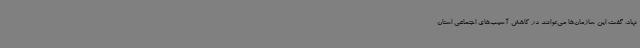
نهاد، گفت: این سازمان‌ها می‌توانند در کاهش آسیب‌های اجتماعی استان